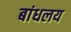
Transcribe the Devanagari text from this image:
बांधलय